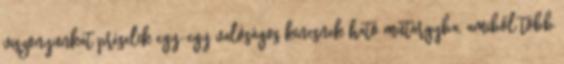
viszonyunkat préselik egy-egy valóságos kincsnek ható műtárgyba, amiből több